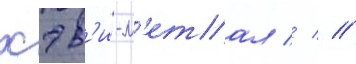
хэв'и-м'етал //  //